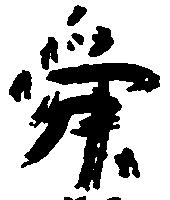
舜